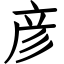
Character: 彦